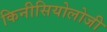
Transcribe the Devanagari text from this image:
किनीसियोलोजी